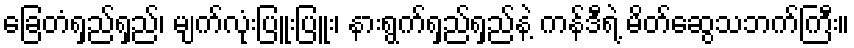
ခြေတံရှည်ရှည်၊ မျက်လုံးပြူးပြူး၊ နားရွက်ရှည်ရှည်နဲ့ ကန်ဒီရဲ့ မိတ်ဆွေသဘက်ကြီး။